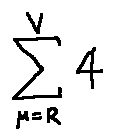
\sum \limits _ { \mu = R } ^ { V } 4